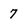
Character: 7